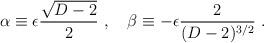
LaTeX: \begin{align*}\alpha\equiv\epsilon {\sqrt{D-2}\over 2}~,~~~\beta\equiv-\epsilon {2\over (D-2)^{3/2}}~.\end{align*}